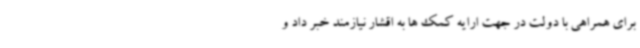
برای همراهی با دولت در جهت ارایه کمک ها به اقشار نیازمند خبر داد و